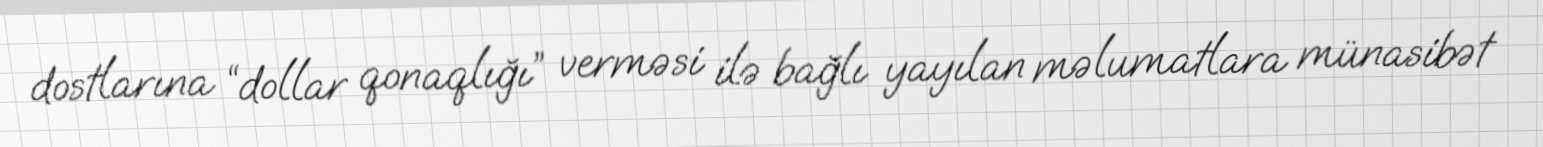
dostlarına “dollar qonaqlığı” verməsi ilə bağlı yayılan məlumatlara münasibət